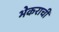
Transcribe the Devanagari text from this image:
भेकराची